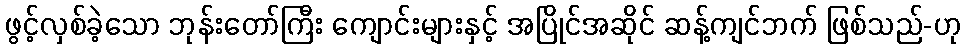
ဖွင့်လှစ်ခဲ့သော ဘုန်းတော်ကြီး ကျောင်းများနှင့် အပြိုင်အဆိုင် ဆန့်ကျင်ဘက် ဖြစ်သည်-ဟု